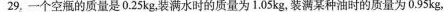
29，一个空瓶的质量是0.25kg，装满水时的质量为1.05kg，装满某种油时的质量为0.95kg，